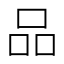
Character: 品